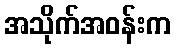
အသိုက်အဝန်းက